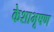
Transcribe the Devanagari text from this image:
केशाभूषण